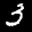
Label: 3